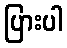
ပြားပါ